Vaccination in Bombay 1924-1928 - 1924-1928
Year: 1924
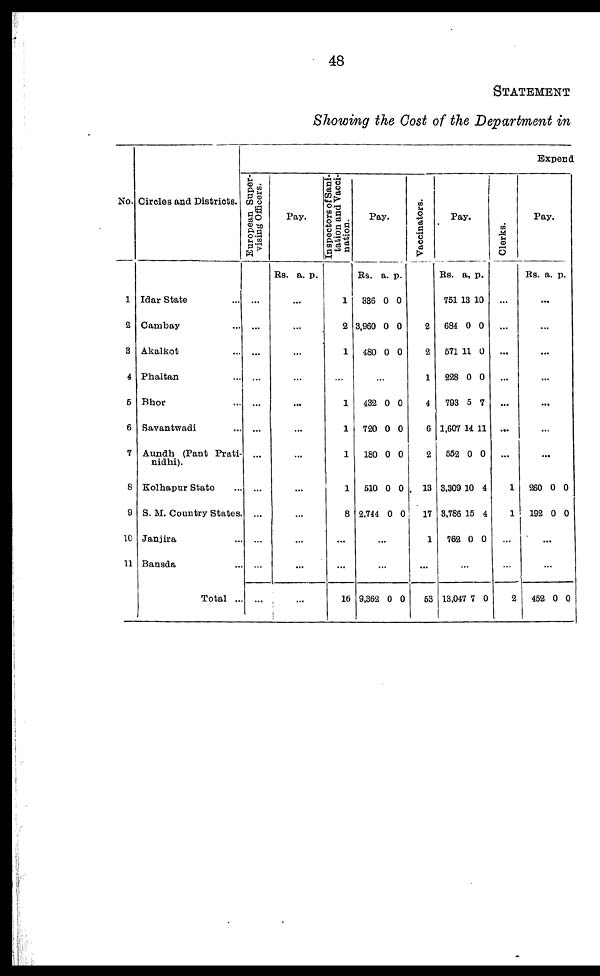
48
STATEMENT
Showing the Cost of the Department in
No.
1
2
3
4
5
6
7
8
9
10
11
Circles and Districts.
Idar State ...
Cambay ...
Akalkot ...
Phaltan ...
Bhor ...
Savantwadi ...
Aundh (Pant Prati-
nidhi).
Kolhapur State ...
S. M. Country States.
Janjira ...
Bansda ...
Total ...
Expend
European Super-
vising Officers.
...
...
...
...
...
...
...
...
...
...
...
...
Pay.
Rs. a. p.
...
...
...
...
...
...
...
...
...
...
...
...
In spectors of Sani-
tation and Vacci-
nation.
1
2
1
...
1
1
1
1
8
...
...
16
Pay.
Rs.
336
3,960
480
a.
0
0
0
p.
0
0
0
...
432
720
180
510
2,744
0
0
0
0
0
0
0
0
0
0
...
...
9,362 0 0
Vaccinators.
2
2
1
4
6
2
13
17
1
...
53
Pay.
Rs.
751
684
571
228
793
1,607
552
3,309
3,786
762
a.
13
0
11
0
5
14
0
10
15
0
p.
10
0
0
0
7
11
0
4
4
0
...
13,047 7 0
Clerks.
...
...
...
...
...
...
...
1
1
...
...
2
Pay.
Rs. a. p.
...
...
...
...
...
...
...
260
192
0
0
0
0
...
...
452 0 0